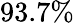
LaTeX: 93.7\%